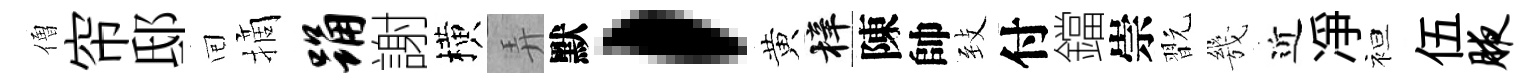
僧帘邸囘摘踊謝横弄默，黄梓陳帥𦤺付鐺崇翫㡬近凈袒伍腋